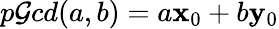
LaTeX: p\mathcal{G}cd(a,b)=a\mathbf{x}_{0}+b\mathbf{y}_{0}